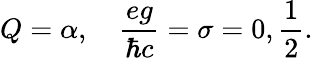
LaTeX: Q={\alpha},\quad\frac{eg}{\hbar c}=\sigma=0,\frac{1}{2}.